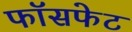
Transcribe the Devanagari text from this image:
फॉसफेट